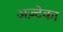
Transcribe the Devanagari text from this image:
अज़्टेका